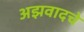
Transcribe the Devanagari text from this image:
अझवादचे